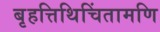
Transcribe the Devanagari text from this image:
बृहत्तिथिचिंतामणि